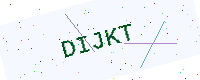
Text: DIJKT